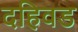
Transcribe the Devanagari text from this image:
दहिवड